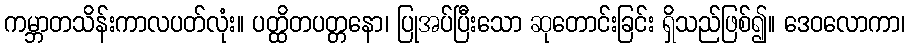
ကမ္ဘာတသိန်းကာလပတ်လုံး။ ပတ္ထိတပတ္တနော၊ ပြုအပ်ပြီးသော ဆုတောင်းခြင်း ရှိသည်ဖြစ်၍။ ဒေဝလောကာ၊